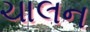
ચાલન